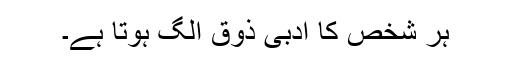
ہر شخص کا ادبی ذوق الگ ہوتا ہے۔